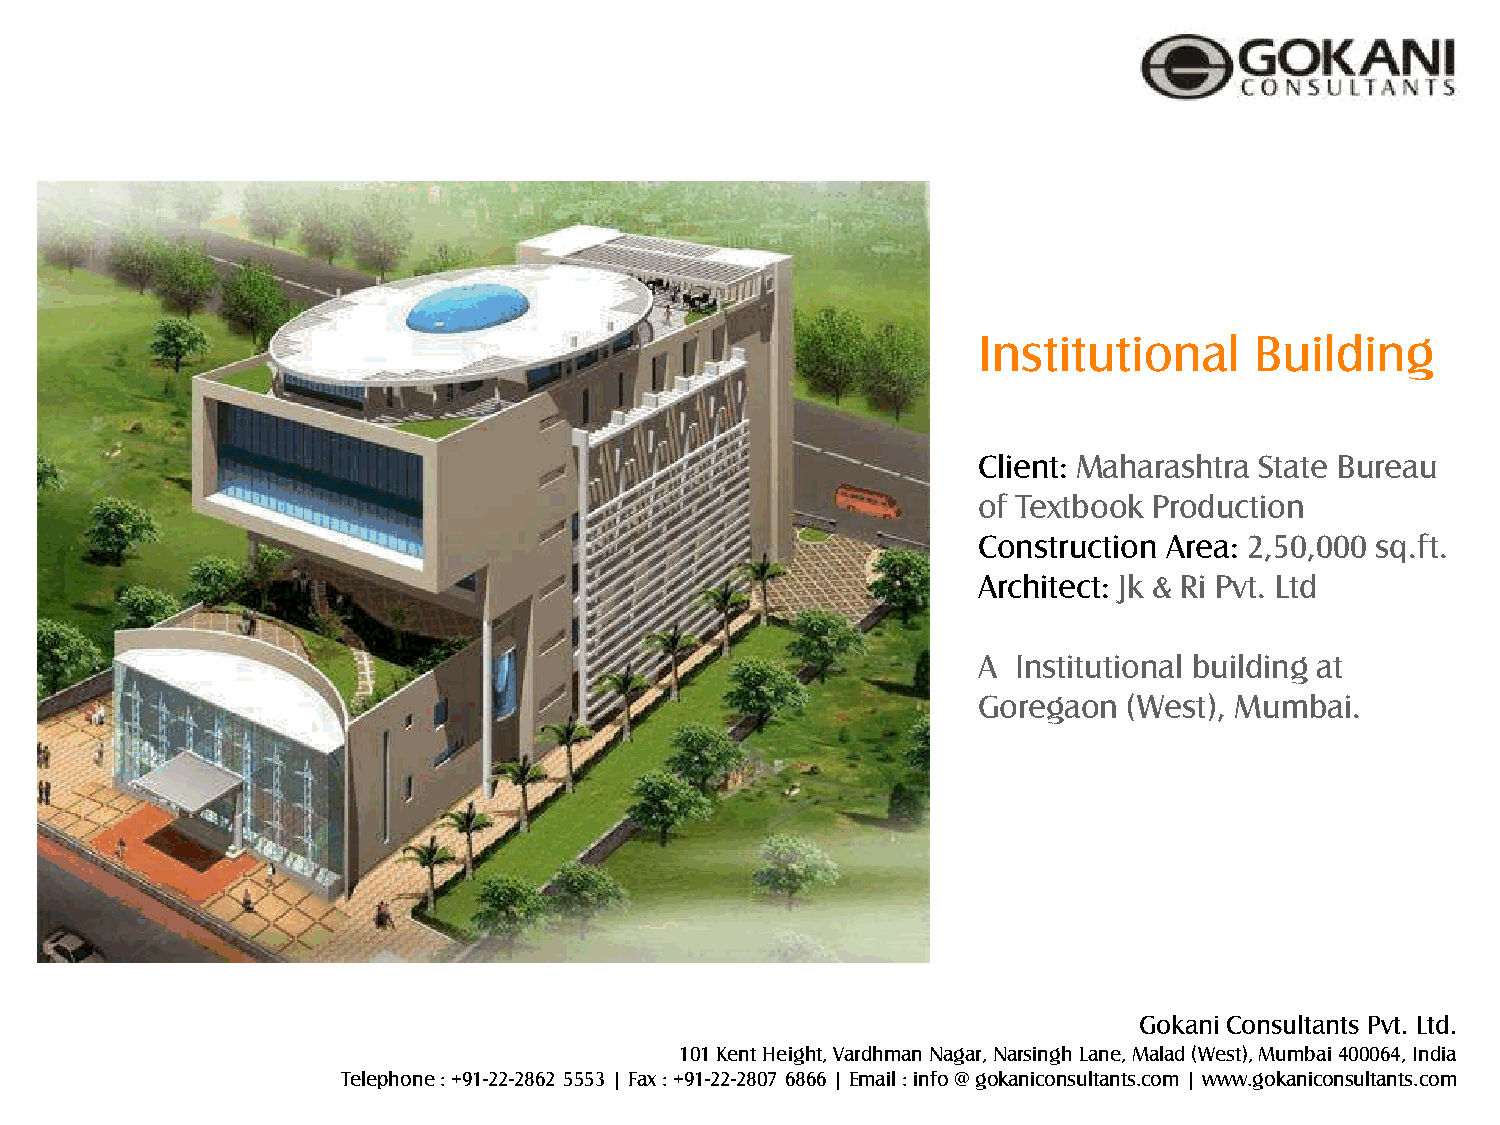
Institutional     Building
 Client: Maharashtra State Bureau
 of Textbook Production
 Construction Area: 2,50,000 sq.ft.
 Architect: Jk & Ri Pvt. Ltd
 A Institutional building at
 Goregaon  (West), Mumbai.
 Gokani Consultants Pvt. Ltd.
 101 Kent Height, Vardhman Nagar, Narsingh Lane, Malad (West), Mumbai 400064, India
 Telephone : +91-22-2862 5553 | Fax : +91-22-2807 6866 | Email : info @ gokaniconsultants.com | www.gokaniconsultants.com